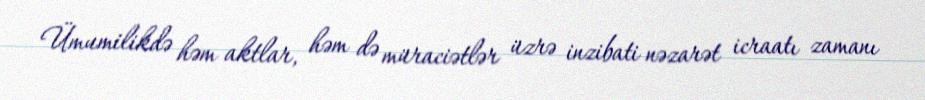
Ümumilikdə həm aktlar, həm də müraciətlər üzrə inzibati nəzarət icraatı zamanı